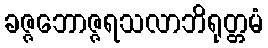
ခဇ္ဇဘောဇ္ဇရသလာဘိရုတ္တမံ